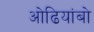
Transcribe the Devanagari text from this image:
ओढियांबो